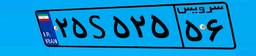
۴۴S۴۶۸۶۲